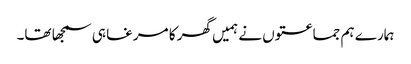
ہمارے ہم جماعتوں نے ہمیں گھر کا مرغا ہی سمجھا تھا۔